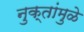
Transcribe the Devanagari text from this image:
नुक्तांमुळे